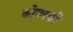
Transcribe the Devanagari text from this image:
कोबस्की